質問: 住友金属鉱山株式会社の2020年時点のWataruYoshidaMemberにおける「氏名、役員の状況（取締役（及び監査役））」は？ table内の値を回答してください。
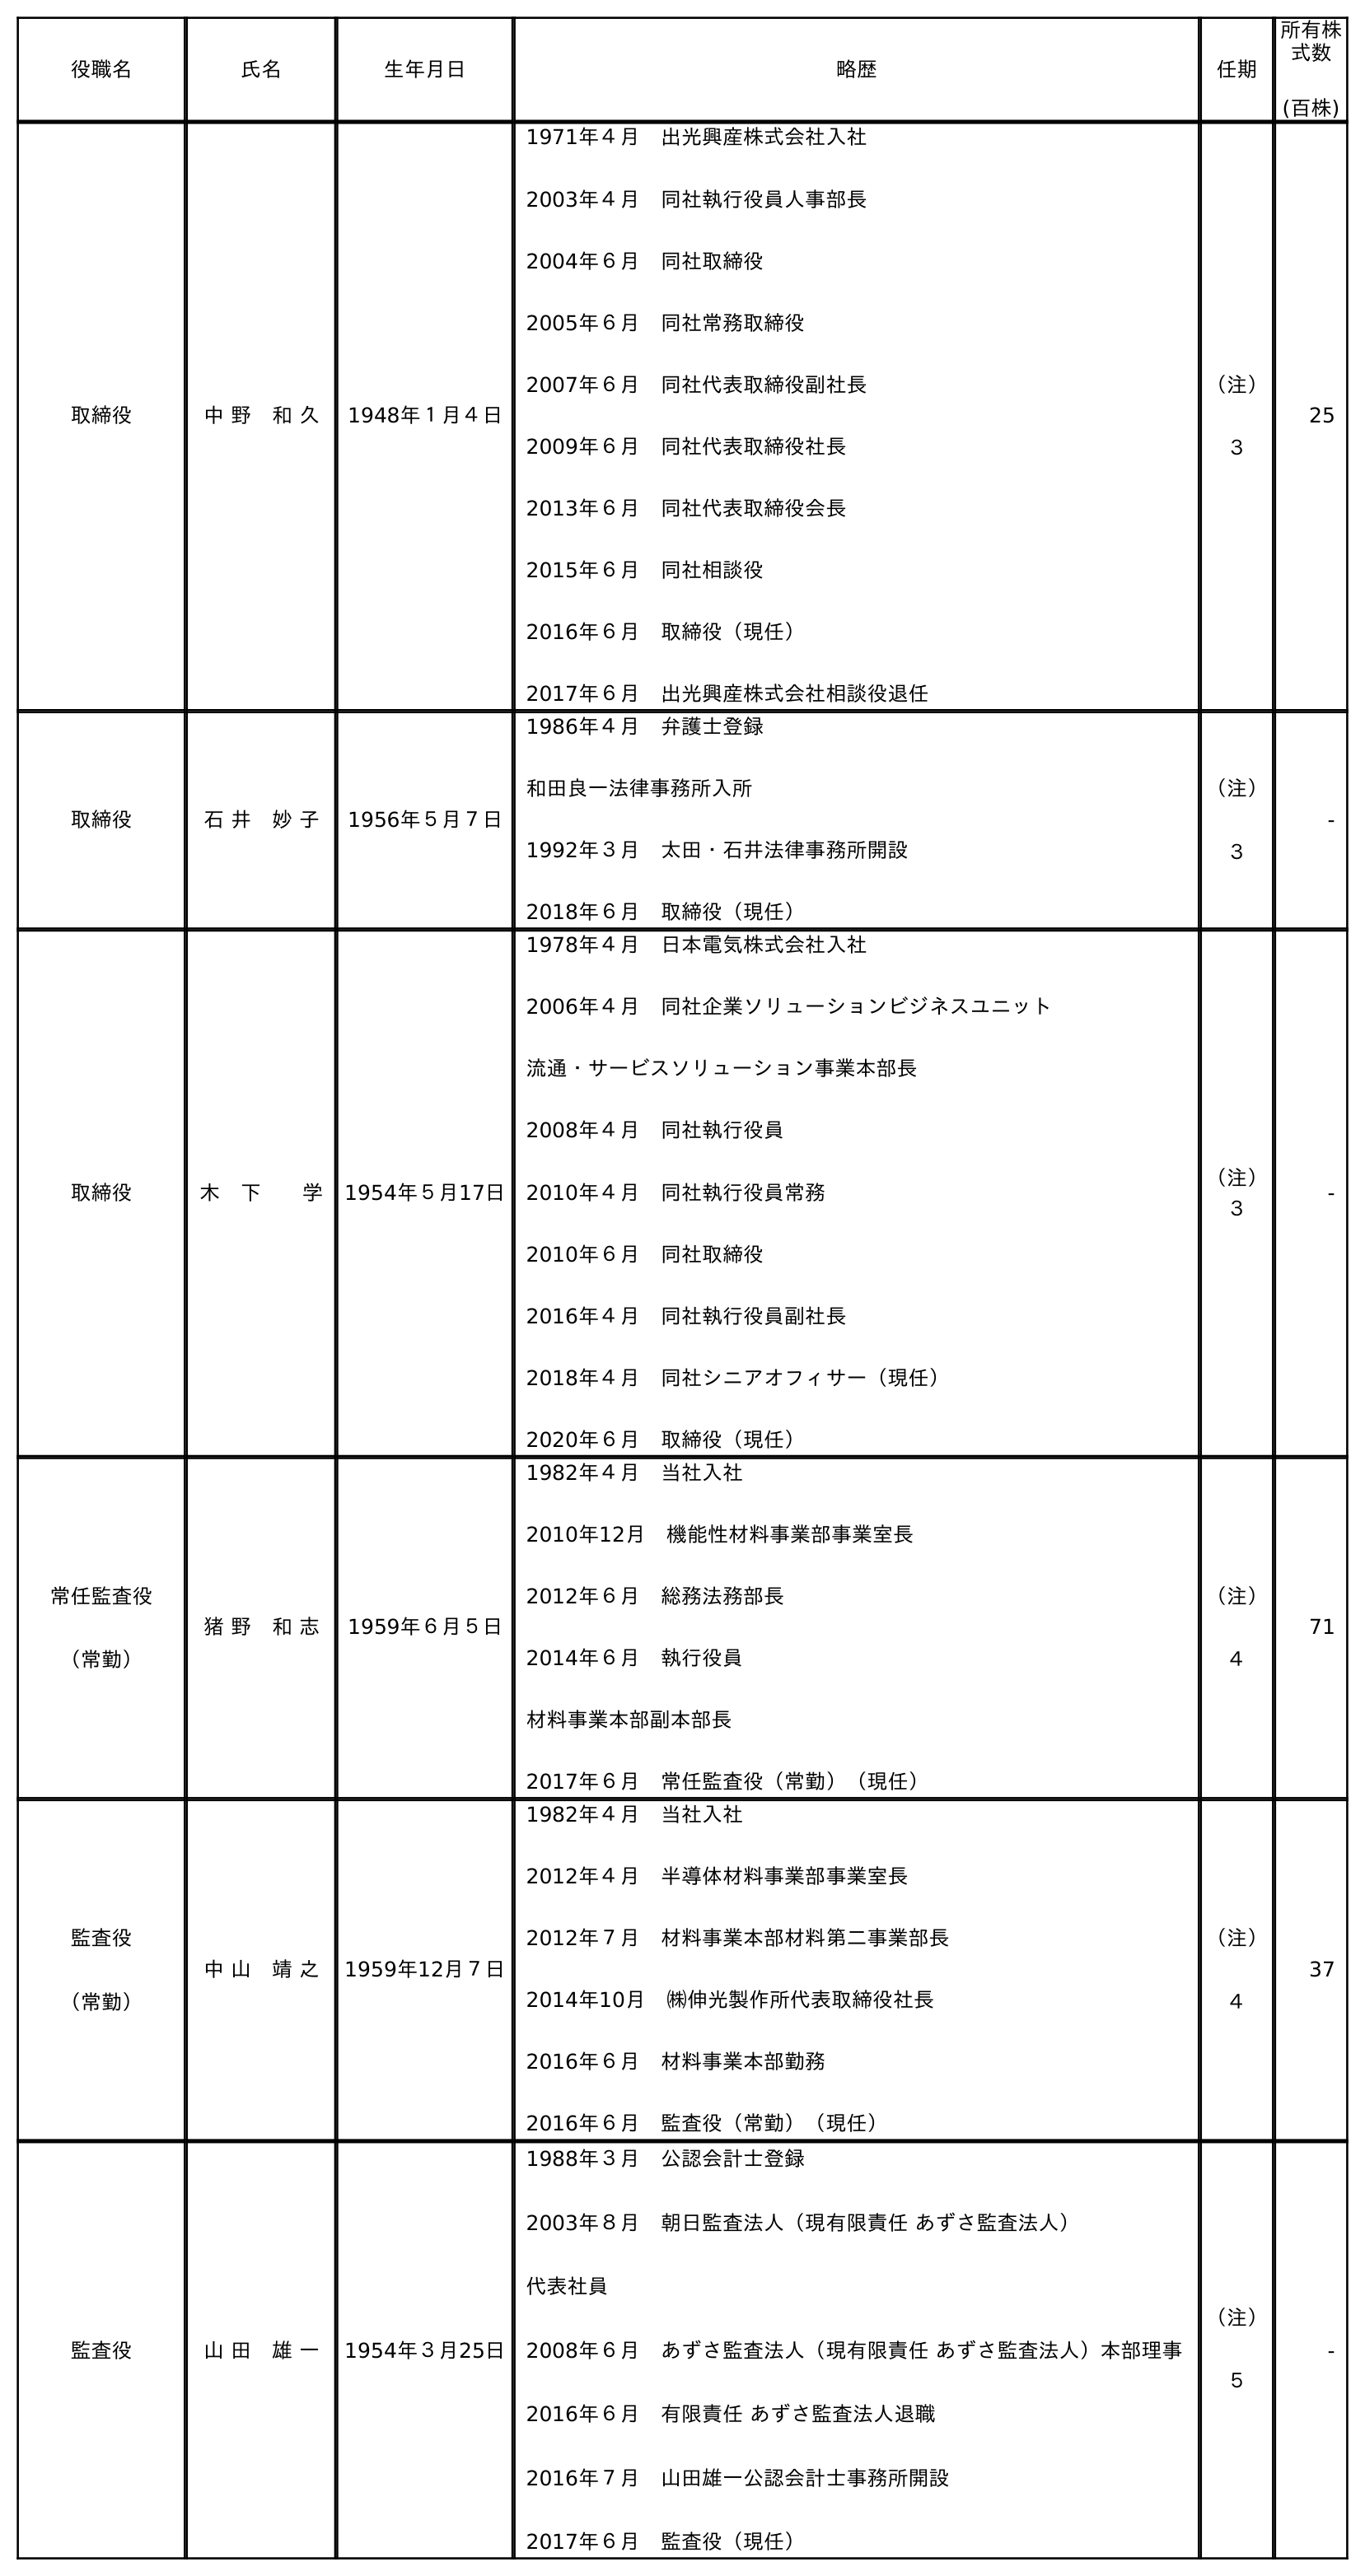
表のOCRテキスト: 役職名 氏名 生年月日 略歴 任期 所有株 式数 (百株) 取締役 中 野 和 久 1948年１月４日 1971年４月 出光興産株式会社入社 2003年４月 同社執行役員人事部長 2004年６月 同社取締役 2005年６月 同社常務取締役 2007年６月 同社代表取締役副社長 2009年６月 同社代表取締役社長 2013年６月 同社代表取締役会長 2015年６月 同社相談役 2016年６月 取締役（現任） 2017年６月 出光興産株式会社相談役退任 （注） ３ 25 取締役 石 井 妙 子 1956年５月７日 1986年４月 弁護士登録 和田良一法律事務所入所 1992年３月 太田・石井法律事務所開設 2018年６月 取締役（現任） （注） ３ - 取締役 木 下  学 1954年５月17日 1978年４月 日本電気株式会社入社 2006年４月 同社企業ソリューションビジネスユニット 流通・サービスソリューション事業本部長 2008年４月 同社執行役員 2010年４月 同社執行役員常務 2010年６月 同社取締役 2016年４月 同社執行役員副社長 2018年４月 同社シニアオフィサー（現任） 2020年６月 取締役（現任） （注） ３ - 常任監査役 （常勤） 猪 野 和 志 1959年６月５日 1982年４月 当社入社 2010年12月 機能性材料事業部事業室長 2012年６月 総務法務部長 2014年６月 執行役員 材料事業本部副本部長 2017年６月 常任監査役（常勤）（現任） （注） ４ 71 監査役 （常勤） 中 山 靖 之 1959年12月７日 1982年４月 当社入社 2012年４月 半導体材料事業部事業室長 2012年７月 材料事業本部材料第二事業部長 2014年10月 ㈱伸光製作所代表取締役社長 2016年６月 材料事業本部勤務 2016年６月 監査役（常勤）（現任） （注） ４ 37 監査役 山 田 雄 一 1954年３月25日 1988年３月 公認会計士登録 2003年８月 朝日監査法人（現有限責任 あずさ監査法人） 代表社員 2008年６月 あずさ監査法人（現有限責任 あずさ監査法人）本部理事 2016年６月 有限責任 あずさ監査法人退職 2016年７月 山田雄一公認会計士事務所開設 2017年６月 監査役（現任） （注） ５ -
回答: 吉　田亙